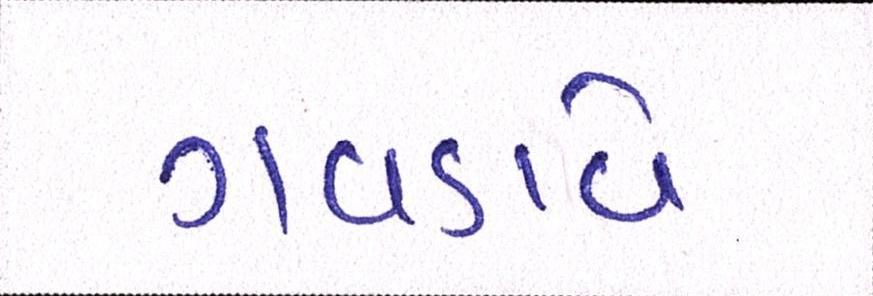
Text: ગવડાવે